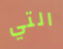
التي